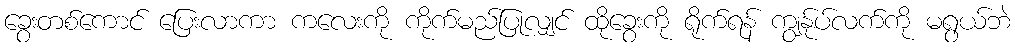
ခွေးတစ်ကောင် ပြေးလာကာ ကလေးကို ကိုက်မည်ပြုလျှင် ထိုခွေးကို ရိုက်ရန် ကျွန်ုပ်လက်ကို မရွယ်ဘဲ